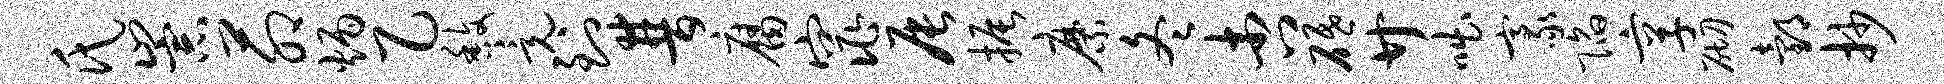
氏崇茆炳乙馥竟到普腐窕辰振縻冬杏砥廿咄豪陷享砌邰抄